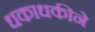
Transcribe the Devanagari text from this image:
धकाधकीने